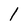
Character: 1